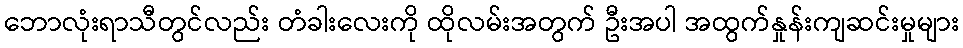
ဘောလုံးရာသီတွင်လည်း တံခါးလေးကို ထိုလမ်းအတွက် ဦးအပါ အထွက်နှုန်းကျဆင်းမှုများ